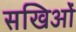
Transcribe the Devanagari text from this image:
सखिओं